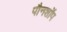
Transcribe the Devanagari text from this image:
पौनशॉप